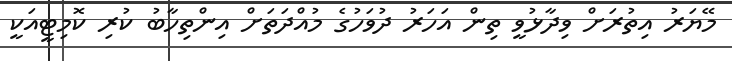
މޭޔަރު އިތުރަށް ވިދާޅުވީ ތިން އަހަރު ދުވަހުގެ މުއްދަތަށް އިންތިހާބު ކުރި ކޮމިޓީއަކީ